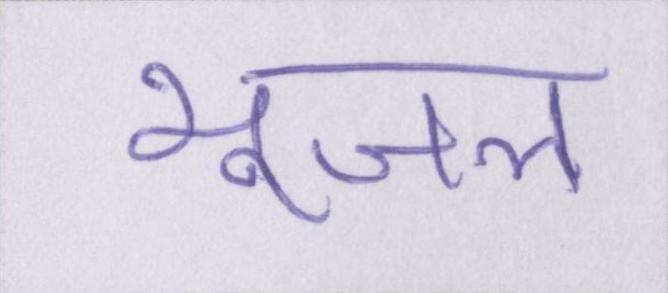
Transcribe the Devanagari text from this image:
भूजल